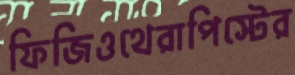
ফিজিওথেরাপিস্টের